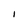
Character: I